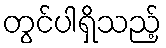
တွင်ပါရှိသည့်